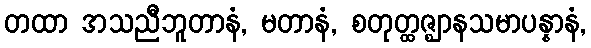
တထာ အသညီဘူတာနံ, မတာနံ, စတုတ္ထဇ္ဈာနသမာပန္နာနံ,